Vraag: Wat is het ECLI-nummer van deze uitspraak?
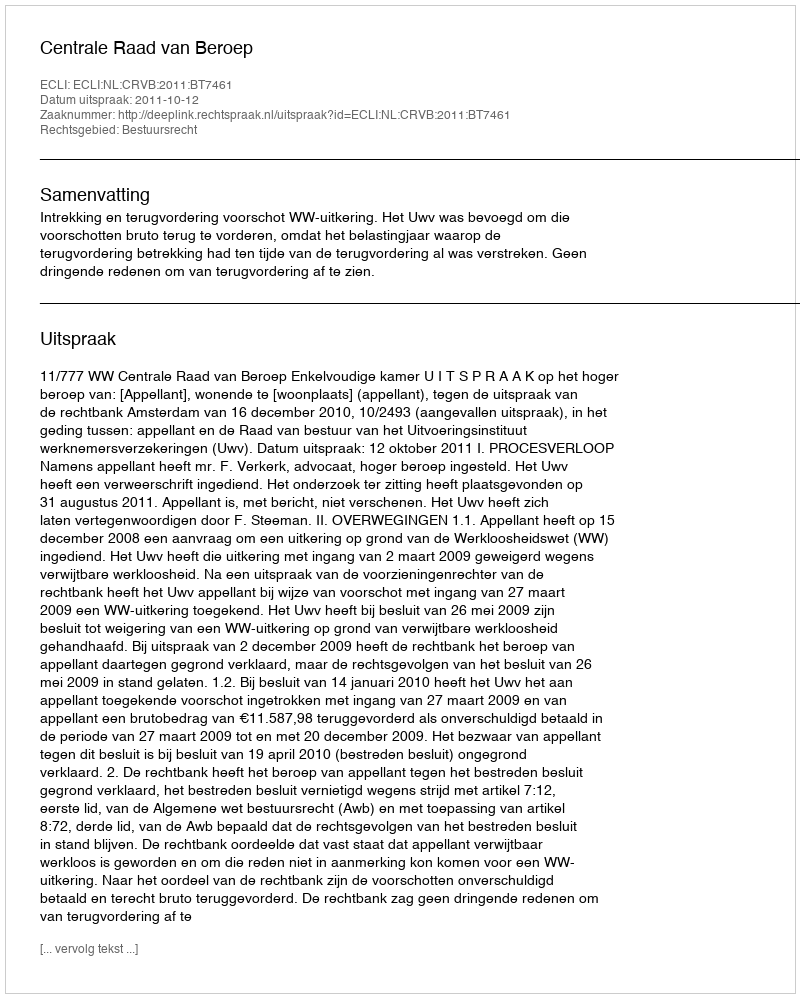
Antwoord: ECLI:NL:CRVB:2011:BT7461